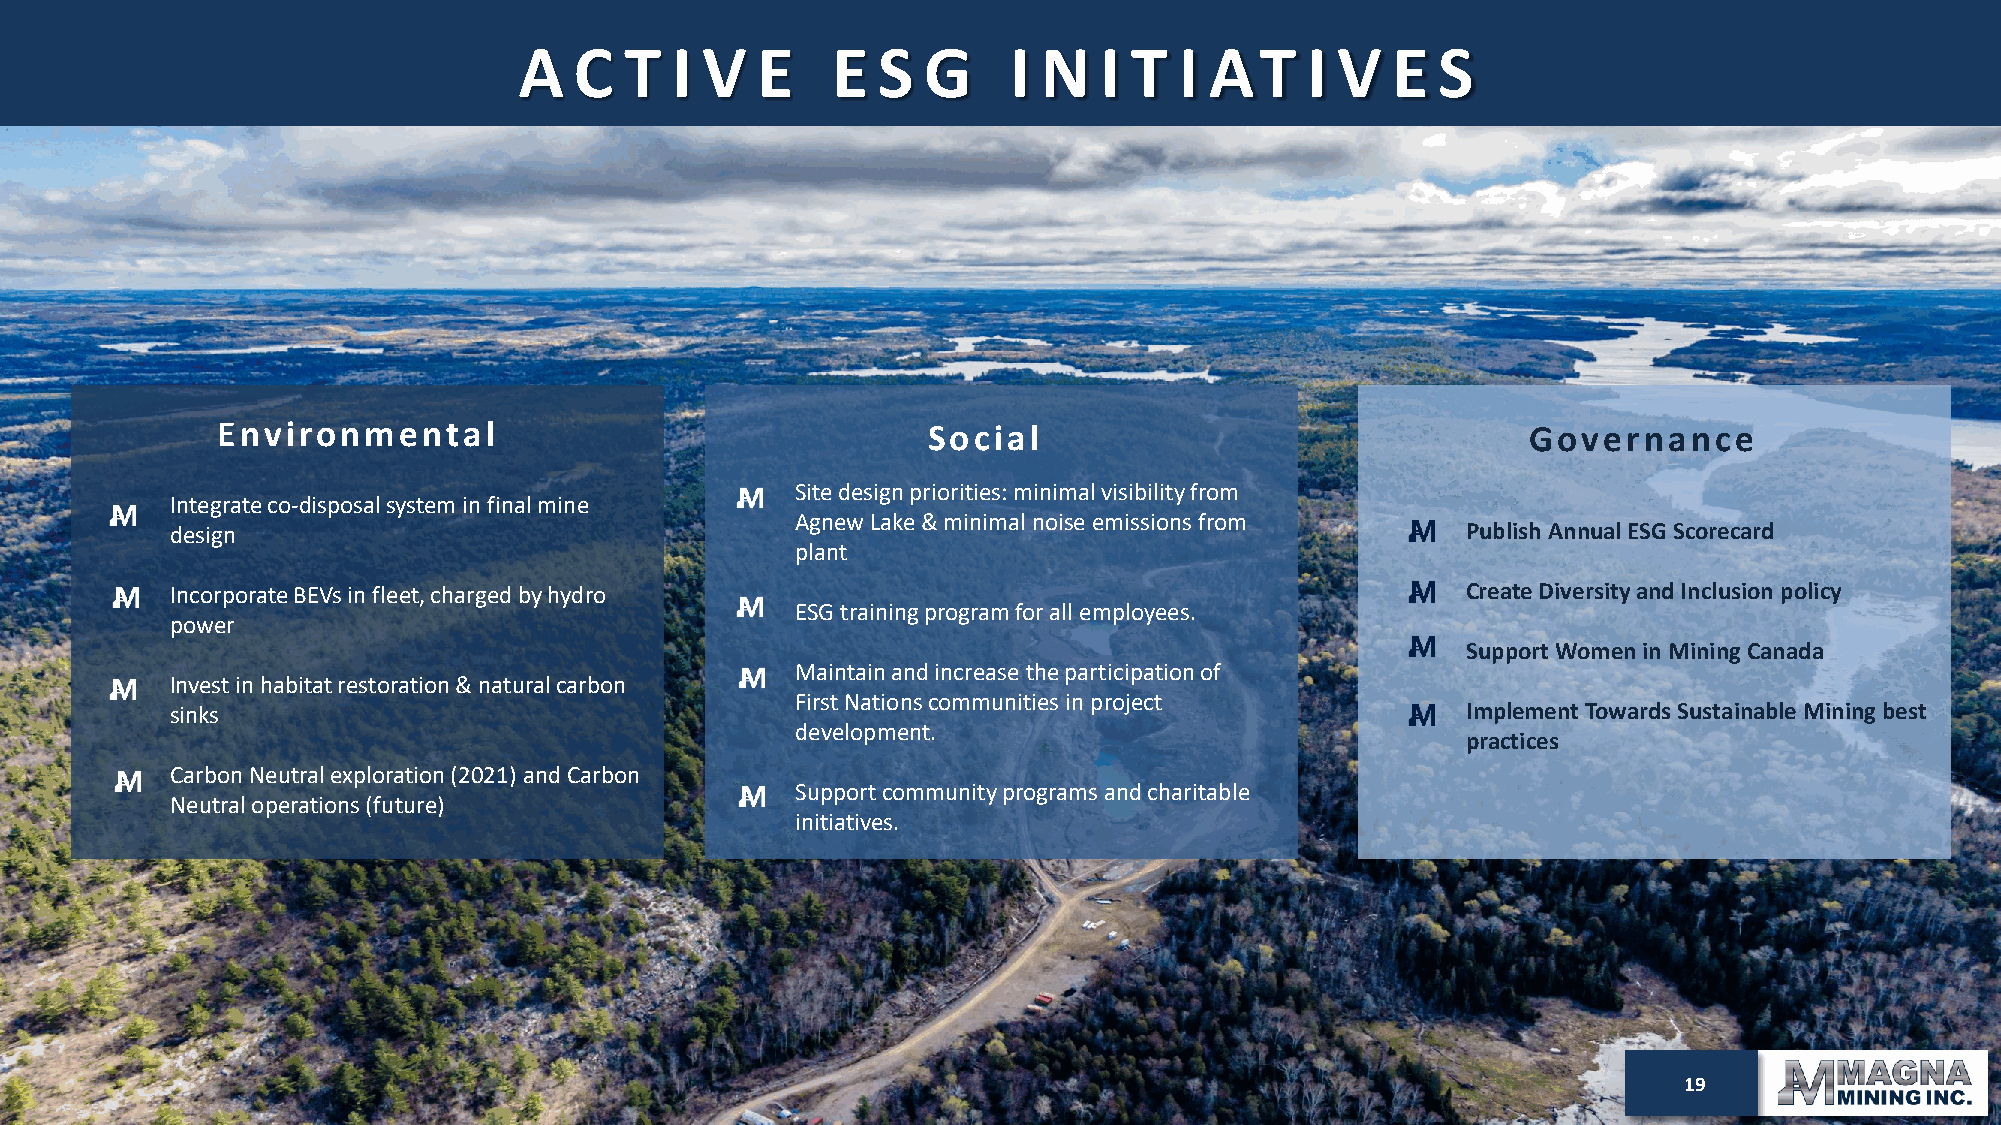
A   C  T  I V   E    E  S  G     I N   I T  I AT    I V   E  S
 Environmental                                  Social                                  Governance
 Site design priorities: minimal visibility from
 Integrate co-disposal system in final mine
 Agnew Lake & minimal noise emissions from
 design                                                                                Publish Annual ESG Scorecard
 plant
 Incorporate BEVs in fleet, charged by hydro                                           Create Diversity and Inclusion policy
 ESG training program for all employees.
 power
 Support Women in Mining Canada
 Maintain and increase the participation of
 Invest in habitat restoration & natural carbon
 First Nations communities in project
 sinks                                                                                 Implement Towards Sustainable Mining best
 development.
 practices
 Carbon Neutral exploration (2021) and Carbon
 Support community programs and charitable
 Neutral operations (future)
 initiatives.
 9129